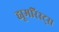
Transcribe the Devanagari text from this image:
ह्यूमरिस्ट्स